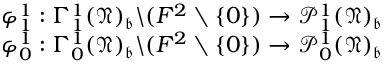
\begin{array} { r } { \varphi _ { 1 } ^ { 1 } : \Gamma _ { 1 } ^ { 1 } ( \mathfrak N ) _ { \mathfrak b } \backslash ( F ^ { 2 } \setminus \{ 0 \} ) \rightarrow \mathcal P _ { 1 } ^ { 1 } ( \mathfrak N ) _ { \mathfrak b } } \\ { \varphi _ { 0 } ^ { 1 } : \Gamma _ { 0 } ^ { 1 } ( \mathfrak N ) _ { \mathfrak b } \backslash ( F ^ { 2 } \setminus \{ 0 \} ) \rightarrow \mathcal P _ { 0 } ^ { 1 } ( \mathfrak N ) _ { \mathfrak b } } \end{array}